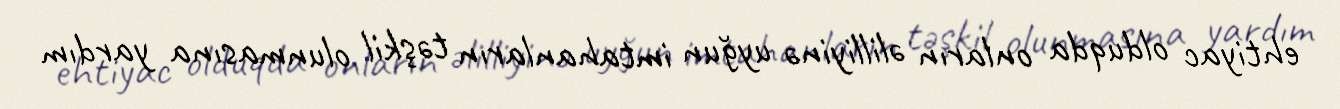
ehtiyac olduqda onların əlilliyinə uyğun imtahanların təşkil olunmasına yardım